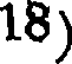
18)